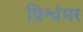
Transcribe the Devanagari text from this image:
विश्वंमर